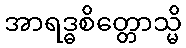
အာရဒ္ဓစိတ္တောသ္မိ